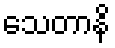
သေတာနိ